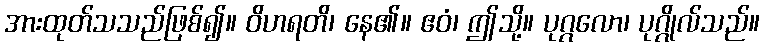
အားထုတ်သသည်ဖြစ်၍။ ဝိဟရတိ၊ နေ၏။ ဧဝံ၊ ဤသို့။ ပုဂ္ဂလော၊ ပုဂ္ဂိုလ်သည်။